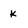
Character: k